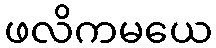
ဖလိကမယေ